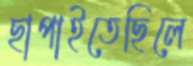
ছাপাইতেছিলে